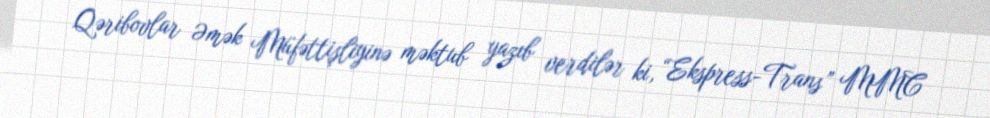
Qəribovlar Əmək Müfəttişliyinə məktub yazıb verdilər ki, “Ekspress-Trans” MMC